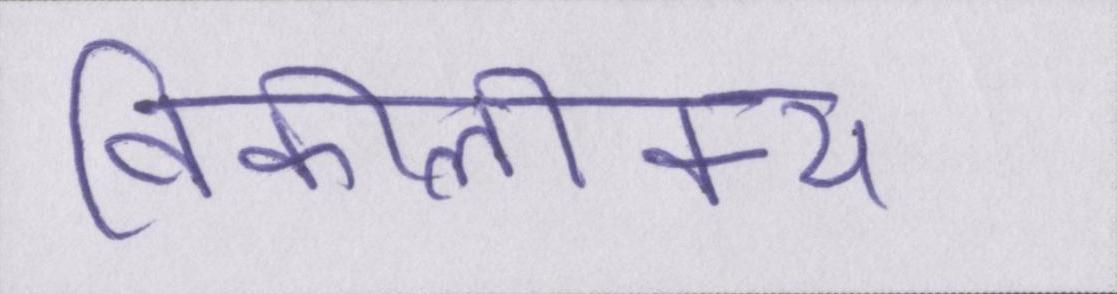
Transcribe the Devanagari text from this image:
विकीलीक्स